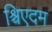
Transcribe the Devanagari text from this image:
श्र्चिएदम